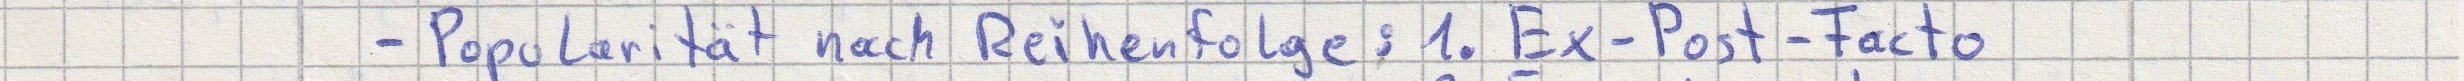
- Popularität nach Reihenfolge: 1. Ex-Post-Facto